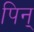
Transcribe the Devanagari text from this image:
पिन्